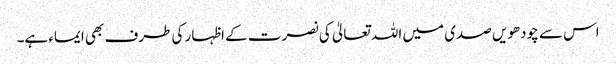
اس سے چودھویں صدی میں اللہ تعالیٰ کی نصرت کے اظہار کی طرف بھی ایماء ہے۔